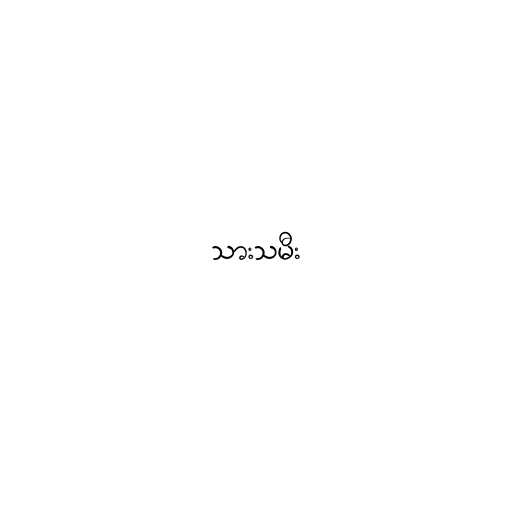
သားသမီး